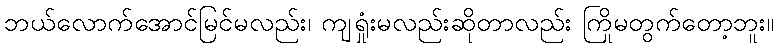
ဘယ်လောက်အောင်မြင်မလည်း၊ ကျရှုံးမလည်းဆိုတာလည်း ကြိုမတွက်တော့ဘူး။